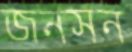
জনসন